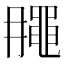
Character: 𪓘